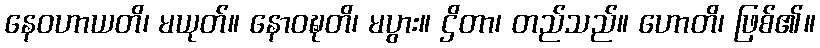
နေဝဟာယတိ၊ မယုတ်။ နောဝဍ္ဎတိ၊ မပွား။ ဌိတာ၊ တည်သည်။ ဟောတိ၊ ဖြစ်၏။